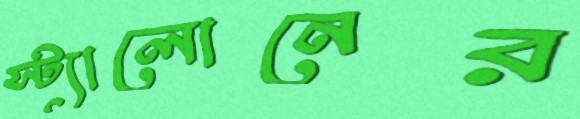
স্ট্যালোনের